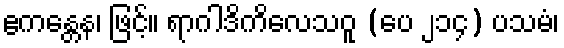
ဧကန္တေန၊ ဖြင့်။ ရာဂါဒိကိလေသဝူ (ပေ ၂၁၄) ပသမံ၊